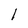
Character: 1